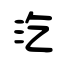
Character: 汔